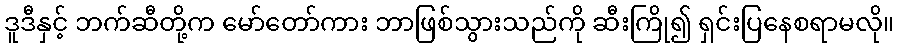
ဒူဒီနှင့် ဘက်ဆီတို့က မော်တော်ကား ဘာဖြစ်သွားသည်ကို ဆီးကြို၍ ရှင်းပြနေစရာမလို။